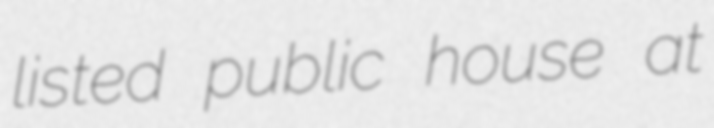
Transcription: listed public house at